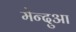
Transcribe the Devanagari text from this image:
मेन्दुआ